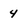
Character: 4